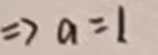
$\Rightarrow a = 1$